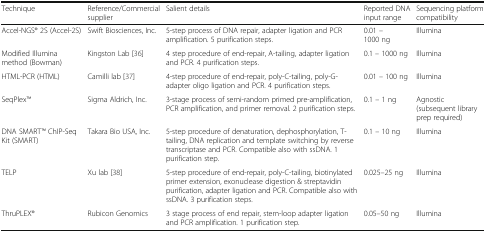
| Technique | Reference/Commercial supplier | Salient details | Reported DNA input range | Sequencing platform compatibility |
 | --- | --- | --- | --- | --- |
 | Accel-NGS® 2S (Accel-2S) | Swift Biosciences, Inc. | 5-step process of DNA repair, adapter ligation and PCR amplification. 5 purification steps. | 0.01 – 1000 ng | Illumina |
 | Modified Illumina method (Bowman) | Kingston Lab [36] | 4 step procedure of end-repair, A-tailing, adapter ligation and PCR. 4 purification steps. | 0.1 – 1000 ng | Illumina |
 | HTML-PCR (HTML) | Camilli lab [37] | 4-step procedure of end-repair, poly-C-tailing, poly-G-adapter oligo ligation and PCR. 4 purification steps. | 0.01 – 100 ng | Illumina |
 | SeqPlexTM | Sigma Aldrich, Inc. | 3-stage process of semi-random primed pre-amplification, PCR amplification, and primer removal. 2 purification steps. | 0.1 – 1 ng | Agnostic (subsequent library prep required) |
 | DNA SMARTTM ChIP-Seq Kit (SMART) | Takara Bio USA, Inc. | 5-step procedure of denaturation, dephosphorylation, T-tailing, DNA replication and template switching by reverse transcriptase and PCR. Compatible also with ssDNA. 1 purification step. | 0.1 – 10 ng | Illumina |
 | TELP | Xu lab [38] | 5-step procedure of end-repair, poly-C-tailing, biotinylated primer extension, exonuclease digestion & streptavidin purification, adapter ligation and PCR. Compatible also with ssDNA. 3 purification steps. | 0.025–25 ng | Illumina |
 | ThruPLEX® | Rubicon Genomics | 3 stage process of end repair, stem-loop adapter ligation and PCR amplification. 1 purification step. | 0.05–50 ng | Illumina |